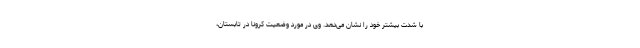
با شدت بیشتر خود را نشان می‌دهد. وی در مورد وضعیت کرونا در تابستان،